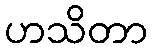
ဟသိတာ